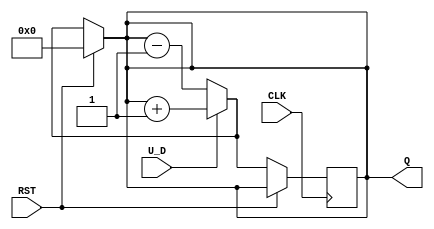
module UpDownCounter (
    input wire U_D,       // Up/Down control signal
    input wire RST,       // Asynchronous reset
    input wire CLK,       // Clock signal
    output reg [7:0] Q    // 8-bit counter output
);

    // Asynchronous reset logic
    always @(*) begin
        if (RST) begin
            Q = 8'b00000000; // Reset counter to 0
        end
        else begin
            // Counting logic
            if (U_D) begin
                Q = Q + 1; // Count up
            end
            else begin
                Q = Q - 1; // Count down
            end
        end
    end

    // Ensure the counter wraps around correctly
    always @(posedge CLK) begin
        if (!RST) begin
            if (U_D) begin
                Q <= Q + 1; // Count up on clock edge
            end
            else begin
                Q <= Q - 1; // Count down on clock edge
            end
        end
    end

endmodule